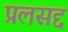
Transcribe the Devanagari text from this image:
प्रलसद्द